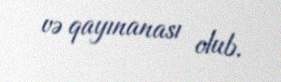
və qayınanası olub.